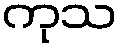
ကုသ